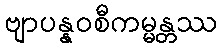
ဗျာပန္နဝစီကမ္မန္တဿ